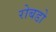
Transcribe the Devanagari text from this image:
रोबडो